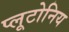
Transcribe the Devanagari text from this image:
प्लूटोनिय